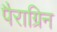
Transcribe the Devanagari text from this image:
पैराग्रिन